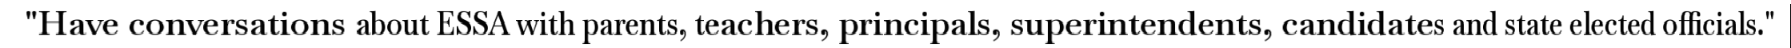
"Have conversations about ESSA with parents, teachers, principals, superintendents, candidates and state elected officials."